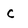
Character: c